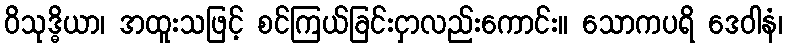
ဝိသုဒ္ဓိယာ၊ အထူးသဖြင့် စင်ကြယ်ခြင်းငှာလည်းကောင်း။ သောကပရိ ဒေဝါနံ၊